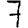
Digit: 7